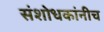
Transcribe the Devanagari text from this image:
संशोधकांनीच